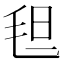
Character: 𬇀